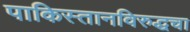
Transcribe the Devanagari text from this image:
पाकिस्तानविरुद्धचा